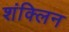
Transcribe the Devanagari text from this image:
शंक्लिन